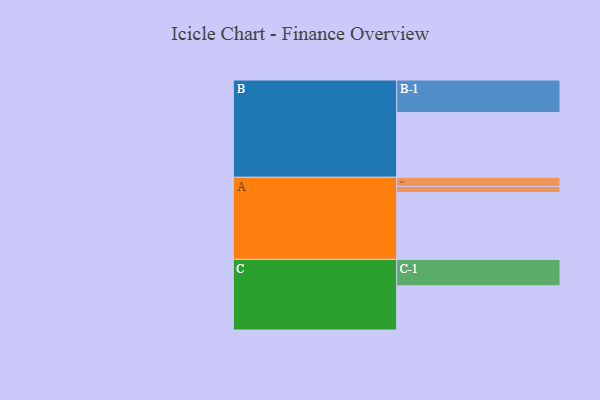
{"axis": {"x": "Segment", "y": "Value"}, "legend": ["", "A", "B", "C"], "data": [{"x": "A", "y": 541, "type": ""}, {"x": "B", "y": 525, "type": ""}, {"x": "C", "y": 358, "type": ""}, {"x": "A-1", "y": 74, "type": "A"}, {"x": "A-2", "y": 50, "type": "A"}, {"x": "B-1", "y": 263, "type": "B"}, {"x": "C-1", "y": 214, "type": "C"}]}